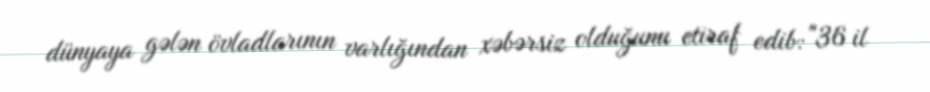
dünyaya gələn övladlarının varlığından xəbərsiz olduğunu etiraf edib: "36 il